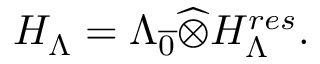
{ \cal H } _ { \Lambda } = \Lambda _ { \overline { { { 0 } } } } \widehat { \otimes } { \cal H } _ { \Lambda } ^ { r e s } .